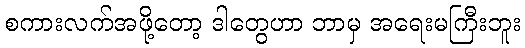
စကားလက်အဖို့တော့ ဒါတွေဟာ ဘာမှ အရေးမကြီးဘူး